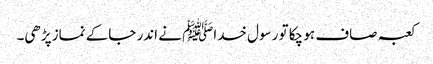
کعبہ صاف ہو چکا تو رسول خداﷺ نے اندر جاکے نماز پڑھی۔